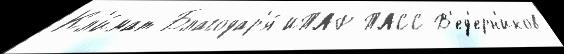
Кл'и́мат Благодар'я́ ИТАР-ТАСС В'ед'ерн'иков